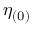
\eta _ { ( 0 ) }